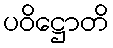
ပဝိဋ္ဌောတိ